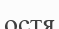
остя